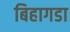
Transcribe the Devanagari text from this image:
बिहागडा